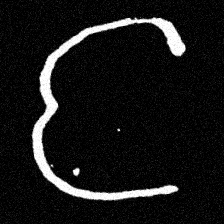
Pyu character \u2014 Myanmar letter: င (romanized: nga)